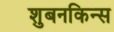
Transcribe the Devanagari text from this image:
शुबनकिन्स